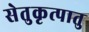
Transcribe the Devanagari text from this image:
सेतुकृत्पातु